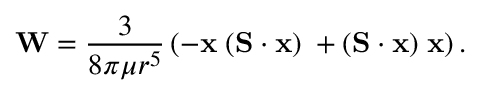
\mathbf { W } = \frac { 3 } { 8 \pi \mu r ^ { 5 } } \left( - \mathbf { x } \; ( \mathbf { S } \cdot \mathbf { x } ) \; + ( \mathbf { S } \cdot \mathbf { x } ) \; \mathbf { x } \right) .